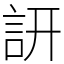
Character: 訮